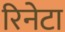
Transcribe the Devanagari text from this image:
रिनेटा